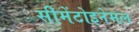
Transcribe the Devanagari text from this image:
सीमेंटोइनेमल